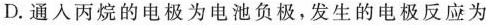
D.通入丙烷的电极为电池负极，发生的电极反应为